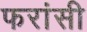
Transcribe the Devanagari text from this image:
फरांसी